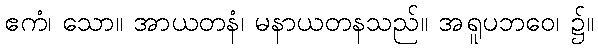
ဧကံ၊ သော။ အာယတနံ၊ မနာယတနသည်။ အရူပဘဝေ၊ ၌။